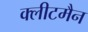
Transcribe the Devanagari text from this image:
क्लीटमैन